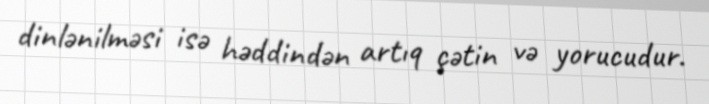
dinlənilməsi isə həddindən artıq çətin və yorucudur.